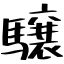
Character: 驤